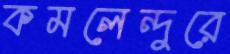
কমলেন্দুরে